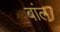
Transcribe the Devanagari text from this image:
बांल